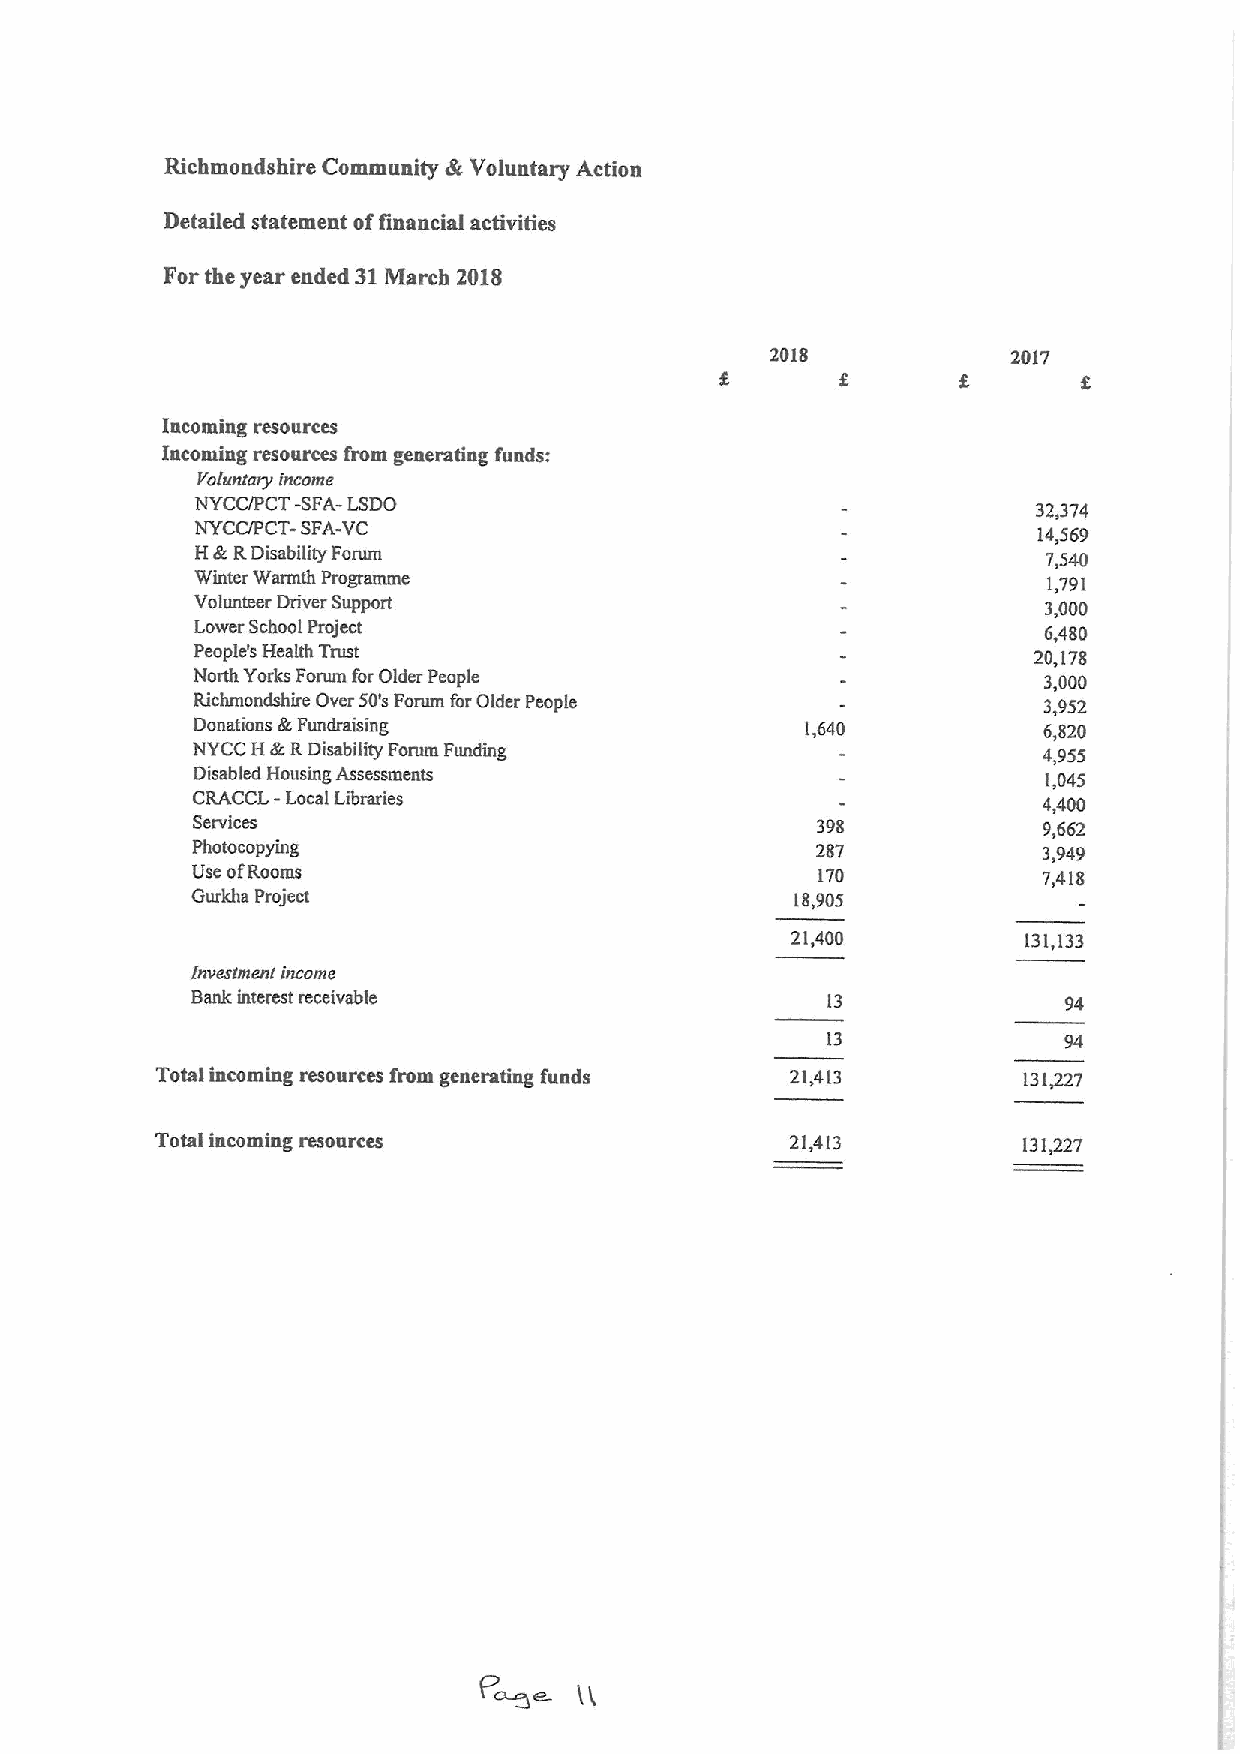
Richmondshire Community dtt Voluntary Action
 Detailed statement offinancial activities
 For the year ended 31March 2018
 201S            2017
 Incoming resources
 Iacoming resources from generating funds:
 Voluntary income
 NYCC/PCT -SFA-LSDO
 32,374
 NYCC/PCT- SFA-VC                                        14,569
 Htk RDisability Forum                                   7,540
 Winter Warmth Programme                                 1,791
 Volunteer Driver Support                                3,000
 Lower School Project                                    6,480
 People's Health Trust                                  20,178
 North Yorks Forum forOlder People                       3,000
 Richmoudshire Over 50's Forum forOlder People           3,952
 Donations tk Fuudtsisiug                1,640           6,820
 NYCC H EcRDissbiTity Forum Funding                      4,955
 Disabled Housing Assessments                            1,045
 CRACCL -Local Libraries                                 4,400
 Setvlces                                 398            9,662
 Photocopyiug                             287            3,949
 Use ofRooms                              170            7,41&
 Gurkhs Project                          18,905
 21,400          131,133
 inveetmen! income
 Bank interest receivable                  13              94
 13             94
 Total incoming resources from generadng funds 21,413      131P27
 Total incoming resources                  21,413          131~7